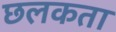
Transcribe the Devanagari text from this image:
छलकता